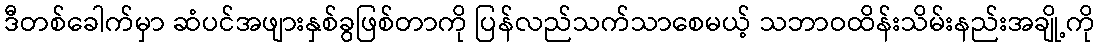
ဒီတစ်ခေါက်မှာ ဆံပင်အဖျားနှစ်ခွဖြစ်တာကို ပြန်လည်သက်သာစေမယ့် သဘာဝထိန်းသိမ်းနည်းအချို့ကို